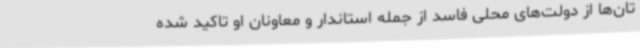
تان‌ها از دولت‌های محلی فاسد از جمله استاندار و معاونان او تاکید شده